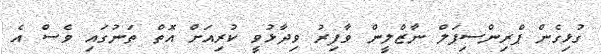
ގުޅިގެން ޕްރިންސިޕަލް ނާޒްލީން ވާފިރު ވިދާޅުވީ ކުރިއަށް އޮތް ތަނުގައި ވެސް އެ